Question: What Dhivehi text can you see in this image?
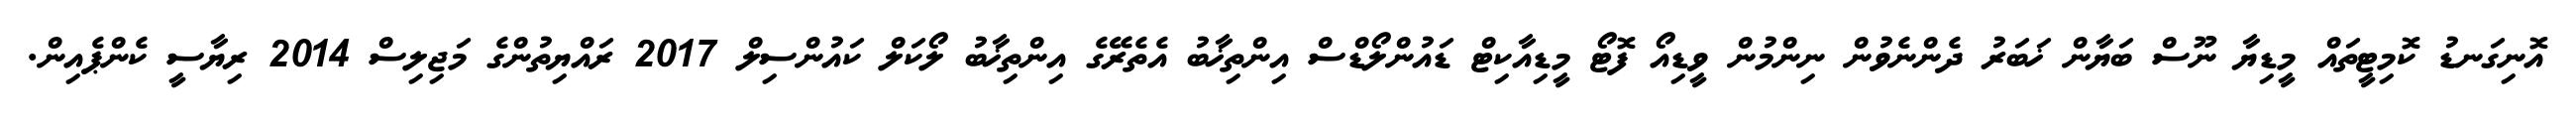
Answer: އޮނިގަނޑު ކޮމިޓީތައް މީޑިޔާ ނޫސް ބަޔާން ޚަބަރު ދެންނެވުން ނިންމުން ވީޑިއޯ ފޮޓޯ މީޑިއާކިޓް ޑައުންލޯޑްސް އިންތިޚާބު އެތެރޭގެ އިންތިޚާބު ލޯކަލް ކައުންސިލް 2017 ރައްޔިތުންގެ މަޖިލިސް 2014 ރިޔާސީ ކެންޕެއިން.